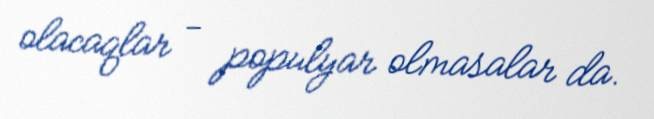
olacaqlar - populyar olmasalar da.